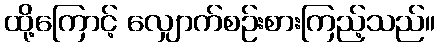
ထို့ကြောင့် လျှောက်စဉ်းစားကြည့်သည်။